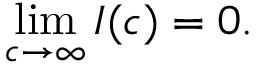
\operatorname* { l i m } _ { c \to \infty } I ( c ) = 0 .